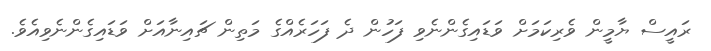
ރައީސް ޔާމީން ވެރިކަމަށް ވަޑައިގެންނެވި ފަހުން ދެ ފަހަރެއްގެ މަތިން ޗައިނާއަށް ވަޑައިގެންނެވިއެވެ.